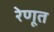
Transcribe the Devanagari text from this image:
रेणूत